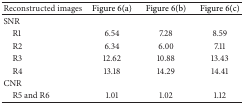
<table><thead><tr><td><b>Reconstructed images</b></td><td><b>Figure 6(a)</b></td><td><b>Figure 6(b)</b></td><td><b>Figure 6(c)</b></td></tr></thead><tbody><tr><td>SNR</td><td> </td><td> </td><td> </td></tr><tr><td> R1</td><td>6.54</td><td>7.28</td><td>8.59</td></tr><tr><td> R2</td><td>6.34</td><td>6.00</td><td>7.11</td></tr><tr><td> R3</td><td>12.62</td><td>10.88</td><td>13.43</td></tr><tr><td> R4</td><td>13.18</td><td>14.29</td><td>14.41</td></tr><tr><td>CNR</td><td> </td><td> </td><td> </td></tr><tr><td> R5 and R6</td><td>1.01</td><td>1.02</td><td>1.12</td></tr></tbody></table>